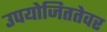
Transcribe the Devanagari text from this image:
उपयोजिततेवर